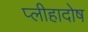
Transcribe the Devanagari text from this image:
प्लीहादोष